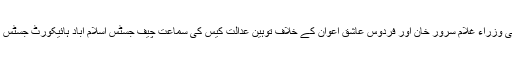
جمعرات کو یہاں وفاقی وزراء غلام سرور خان اور فردوس عاشق اعوان کے خلاف توہین عدالت کیس کی سماعت چیف جسٹس اسلام آباد ہائیکورٹ جسٹس اطہر من اللہ نے کی ۔